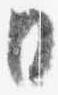
日